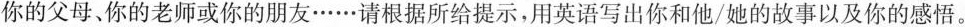
你的父母、你的老师或你的朋友……请根据所给提示，用英语写出你和他/她的故事以及你的感悟。